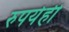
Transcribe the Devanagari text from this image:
रुपयेही